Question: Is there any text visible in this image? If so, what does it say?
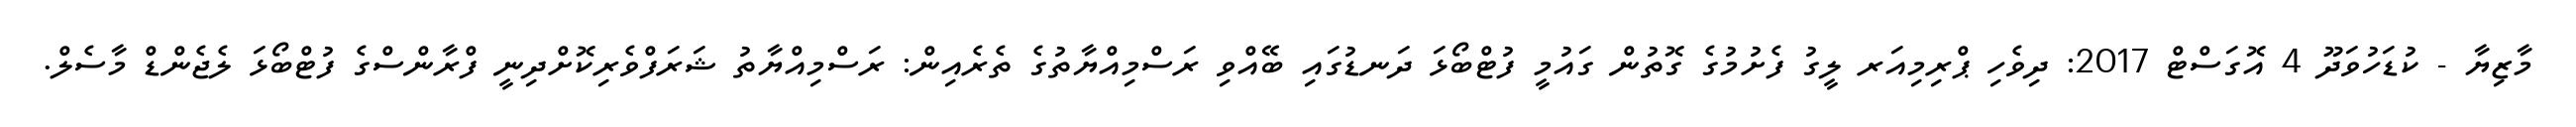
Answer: މާޒިޔާ - ކުޑަހުވަދޫ 4 އޮގަސްޓް 2017: ދިވެހި ޕްރިމިއަރ ލީގު ފެށުމުގެ ގޮތުން ގައުމީ ފުޓްބޯޅަ ދަނޑުގައި ބޭއްވި ރަސްމިއްޔާތުގެ ތެރެއިން: ރަސްމިއްޔާތު ޝަރަފްވެރިކޮށްދިނީ ފްރާންސްގެ ފުޓްބޯޅަ ލެޖެންޑް މާސެލް.